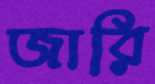
জারি